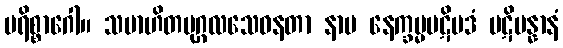
ပရိစ္စာဂေါ။ သမာဟိတပုဂ္ဂလသေဝနတာ နာမ နေက္ခမ္မပဋိပဒံ ပဋိပန္နာနံ